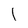
Character: l